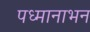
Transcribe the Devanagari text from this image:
पध्मानाभन